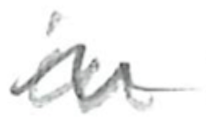
Text: in
Cross-out: wave
Writing tool: pencil